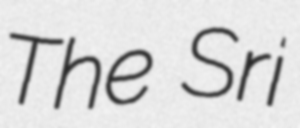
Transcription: The Sri